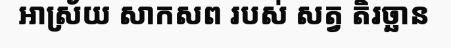
ឤស្រ័យ សាកសព របស់ សត្វ តិរច្ឆាន